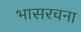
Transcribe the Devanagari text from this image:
भासरचना